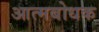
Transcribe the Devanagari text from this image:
आत्मबोधक